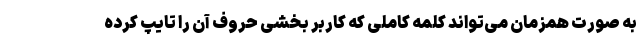
به صورت همزمان می‌تواند کلمه کاملی که کاربر بخشی حروف آن را تایپ کرده